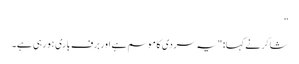
”
شاکر نے کہا: "یہ سردی کا موسم ہے اور برف باری ہو رہی ہے۔